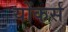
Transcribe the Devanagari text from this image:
योंकर्स